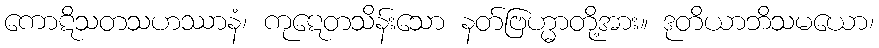
ကောဋိသတသဟဿာနံ၊ ကုဋေတသိန်းသော နတ်ဗြဟ္မာတို့အား။ ဒုတိယာဘိသမယော၊